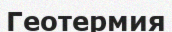
Геотермия